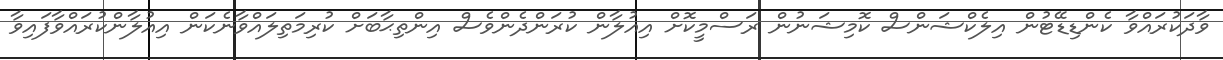
ވާދަކުރައްވާ ކެންޑިޑޭޓުން އިލެކްޝަންސް ކޮމިޝަނުން ރަސްމީކޮށް އިއުލާން ކުރަންދެންވެސް އިންތިޙާބަށް ކުރިމަތިލައްވާނެކަން އިއުލާންކުރައްވާފައިވާ